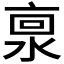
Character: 𰜊